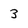
Character: 3